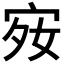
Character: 𪧋